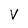
Character: v